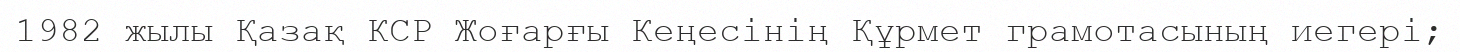
1982 жылы Қазақ КСР Жоғарғы Кеңесінің Құрмет грамотасының иегері;